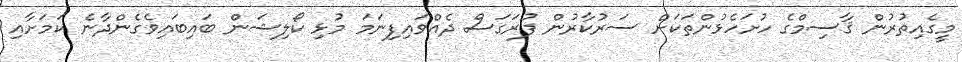
މީގެއިތުރުން ޤާސިމްގެ ހުށަހެޅުންތަކަށް ސަރުކާރުން ފުރަގަސް ދެއްވައިފިނަމަ މުޅި ކޯލިޝަން ބައިބައިވެގެންދާނެ ކަމަށާއި